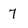
Character: 7